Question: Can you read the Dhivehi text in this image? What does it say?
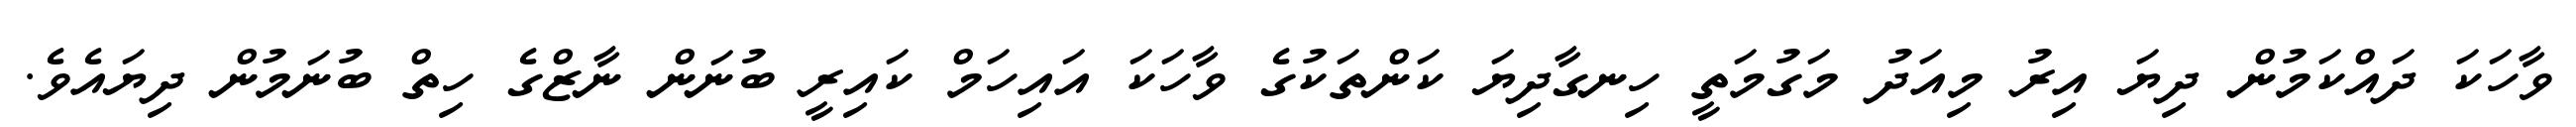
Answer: ވާހަކަ ދައްކަމުން ދިޔަ އިރު މިއަދު މަގުމަތީ ހިނގާދިޔަ ކަންތަކުގެ ވާހަކަ އައިހަމް ކައިރީ ބުނަން ނާޒްގެ ހިތް ބުނަމުން ދިޔައެވެ.